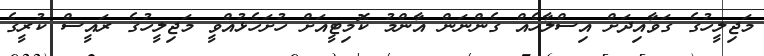
މަޖިލީހުގެ ގަވާއިދަށް އިސްލާހެއް ގެންނަން އާންމު ކޮމިޓީއަށް ހުށަހެޅުއްވީ މަޖިލީހުގެ ރައީސް ކުރީގެ